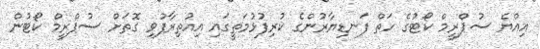
އިއްޔެ ސުޕްރީމް ކޯޓުގެ ހަތް ފަނޑިޔާރުންގެ ކުރިފުޅުމަތީގައި އިއުތިރާފުވި ގޮތަށް ސުޕްރީމް ކޯޓުން